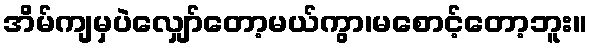
အိမ်ကျမှပဲလျှော်တော့မယ်ကွာ၊မစောင့်တော့ဘူး။